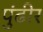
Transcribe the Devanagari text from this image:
पुंढीर